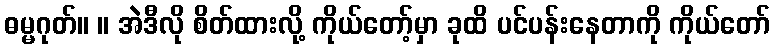
ဓမ္မဂုတ်။ ။ အဲဒီလို စိတ်ထားလို့ ကိုယ်တော့်မှာ ခုထိ ပင်ပန်းနေတာကို ကိုယ်တော်